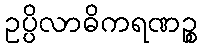
ဥပ္ပိလာဓိကရဏဉ္စ